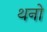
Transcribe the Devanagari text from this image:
थनो